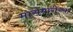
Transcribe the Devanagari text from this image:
मासेमारीच्या